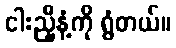
ငါးညှီနံ့ကို ရွံတယ်။